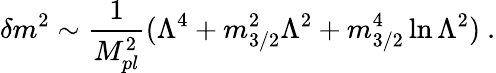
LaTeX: \delta m^{2}\sim{\frac{1}{M_{pl}^{2}}}(\Lambda^{4}+m_{3/2}^{2}\Lambda^{2}+m_{3/2}^{4}\ln\Lambda^{2})\ .